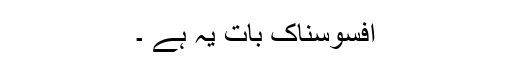
افسوسناک بات یہ ہے ۔